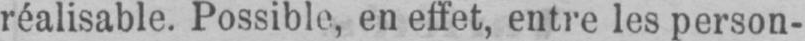
réalisable. Possible, en effet, entre les person-